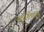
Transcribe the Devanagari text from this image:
जवनिकेतुन